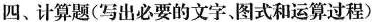
四、计算题(写出必要的文字、图式和运算过程)